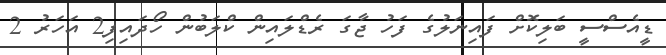
ޑީއެސްސީ ބަލިކޮށް ފައިނަލުގެ ފަހު ޖާގަ ރެޑްލައިން ކްލަބުން ހޯދައިފި2 އަހަރު 2